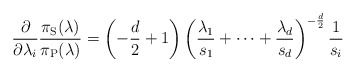
\begin{align*}\frac{ \partial}{\partial \lambda_i} \frac{\pi_\mathrm{S}(\lambda)}{\pi_\mathrm{P}(\lambda)}= \left( - \frac{d}{2} +1 \right) \left( \frac{ \lambda_1}{s_1}+ \dotsb + \frac{\lambda_d}{s_d} \right) ^{ -\frac{d}{2}} \frac{1}{s_i}\end{align*}